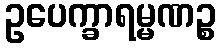
ဥပေက္ခာရမ္မဏဉ္စ